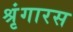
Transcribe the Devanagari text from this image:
श्रृंगारस